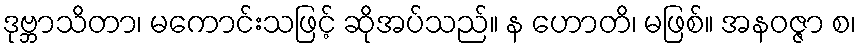
ဒုဗ္ဘာသိတာ၊ မကောင်းသဖြင့် ဆိုအပ်သည်။ န ဟောတိ၊ မဖြစ်။ အနဝဇ္ဇာ စ၊